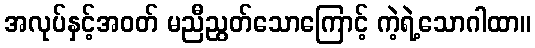
အလုပ်နှင့်အဝတ် မညီညွတ်သောကြောင့် ကဲ့ရဲ့သောဂါထာ။